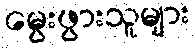
မွေးဖွားသူများ